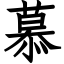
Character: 慕